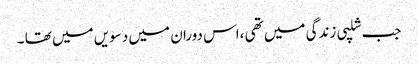
جب شلپی زندگی میں تھی ،اس دوران میں دسویں میں تھا ۔